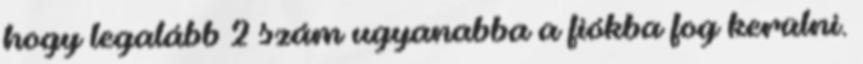
hogy legalább 2 szám ugyanabba a fiókba fog kerülni.